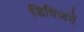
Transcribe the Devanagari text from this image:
डिविजनें